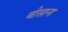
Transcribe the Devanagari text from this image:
बीसाना